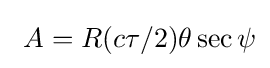
\ A=R(c\tau /2)\theta \sec \psi